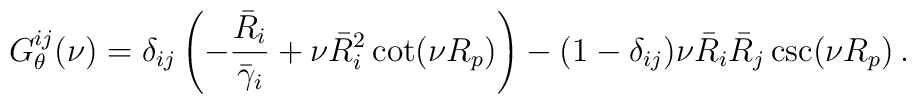
G^{ij}_\theta(\nu) = \delta_{ij} \left( - \frac{\bar R_i}{\bar\gamma_i}+ \nu \bar R_i^2 \cot(\nu R_p) \right)- (1-\delta_{ij}) \nu \bar R_i \bar R_j \csc(\nu R_p) \,.